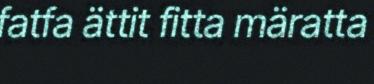
fatfa ättit fitta märatta